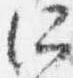
所